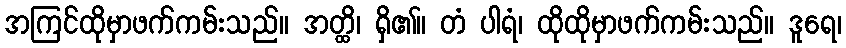
အကြင်ထိုမှာဖက်ကမ်းသည်။ အတ္ထိ၊ ရှိ၏။ တံ ပါရံ၊ ထိုထိုမှာဖက်ကမ်းသည်။ ဒူရေ၊